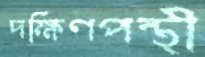
দক্ষিণপন্থী